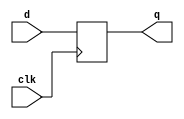
module dff_single(d,q,clk);
input [4:0] d;
input clk;
output reg [4:0] q;
always @(posedge clk)
begin
q<=d;
end
endmodule